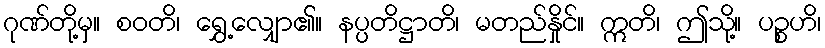
ဂုဏ်တို့မှ။ စဝတိ၊ ရွှေ့လျှော၏။ နပ္ပတိဋ္ဌာတိ၊ မတည်နှိုင်။ ဣတိ၊ ဤသို့။ ပဉ္စဟိ၊